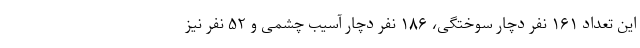
اين تعداد ١۶١ نفر دچار سوختگى، ١٨۶ نفر دچار آسيب چشمى و ۵٢ نفر نيز